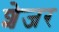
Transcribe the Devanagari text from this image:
शेजर